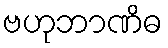
ဗဟုဘာဏိဓ